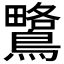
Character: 𪅅